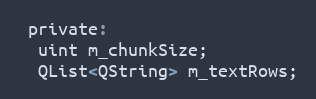
Language: C
 private:
  uint m_chunkSize;
  QList<QString> m_textRows;